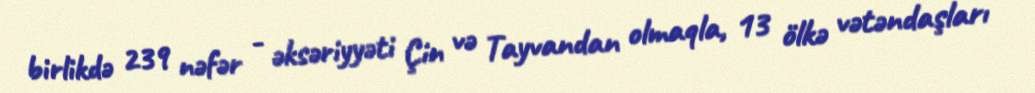
birlikdə 239 nəfər - əksəriyyəti Çin və Tayvandan olmaqla, 13 ölkə vətəndaşları